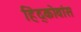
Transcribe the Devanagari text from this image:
हिंद्कोवांस